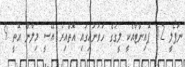
ނަޕޯލީ 12 ޕޮއިންޓާއެކީ ލީގުގެ ހަވަނައިގައި އޮތްއިރު އޭސީ މިލާން އޮތީ 9